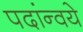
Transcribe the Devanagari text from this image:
पदांन्वये